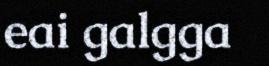
eai galgga